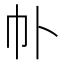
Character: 𫶽